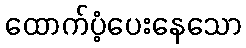
ထောက်ပံ့ပေးနေသော